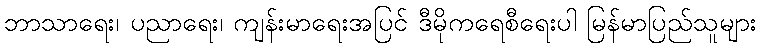
ဘာသာရေး၊ ပညာရေး၊ ကျန်းမာရေးအပြင် ဒီမိုကရေစီရေးပါ မြန်မာပြည်သူများ